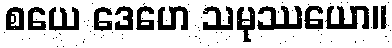
စယေ ဒေဟေ သမုဿယော။